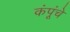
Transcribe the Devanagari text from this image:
कंपूंचे